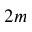
2 m